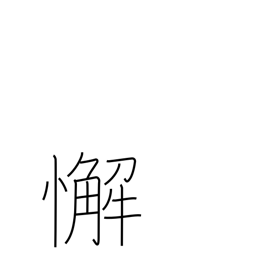
Meaning: laziness